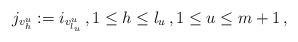
LaTeX: \begin{align*}j_{v^u_h}:=i_{v^u_{l_u}}\,,1\le h\le l_u\,,1\le u\le m+1\,,\end{align*}